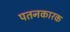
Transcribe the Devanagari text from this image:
पतनकारक